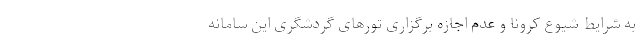
به شرایط شیوع کرونا و عدم اجازه برگزاری تورهای گردشگری این سامانه